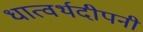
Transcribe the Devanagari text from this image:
धात्वर्थदीपनी